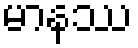
မာနဿ